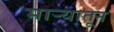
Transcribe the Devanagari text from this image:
मार्‍यातून